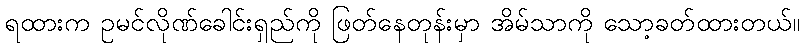
ရထားက ဥမင်လိုဏ်ခေါင်းရှည်ကို ဖြတ်နေတုန်းမှာ အိမ်သာကို သော့ခတ်ထားတယ်။